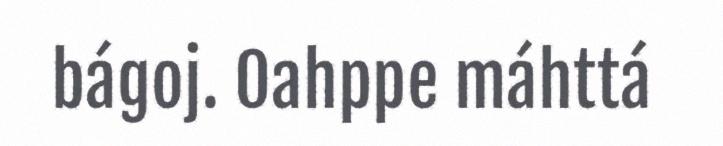
bágoj. Oahppe máhttá